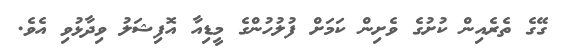
ގޭގެ ތެރެއިން ކުށުގެ ވެށިން ކަމަށް ފުލުހުންގެ މީޑިއާ އޮފިޝަލު ވިދާޅުވި އެވެ.